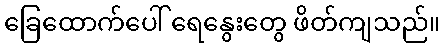
ခြေထောက်ပေါ် ရေနွေးတွေ ဖိတ်ကျသည်။